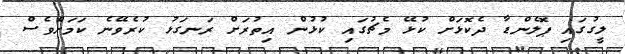
ލީގުގައި ޕޮލެންޑާ ދެކޮޅަށް ކުޅޭ މެޗުގައި ކުޅުން އިތުރަށް ރަނގަޅު ކުރެވޭނެ ކަމަށްވެސް